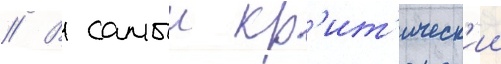
// В самыи кр'ит'ическ'ии